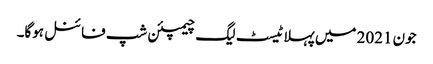
جون 2021 میں پہلا ٹیسٹ لیگ چیمپئن شپ فائنل ہوگا۔